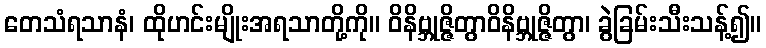
တေသံရသာနံ၊ ထိုဟင်းမျိုးအရသာတို့ကို။ ဝိနိဗ္ဘုဇ္ဇိတွာဝိနိဗ္ဘုဇ္ဇိတွာ၊ ခွဲခြမ်းသီးသန့်၍။